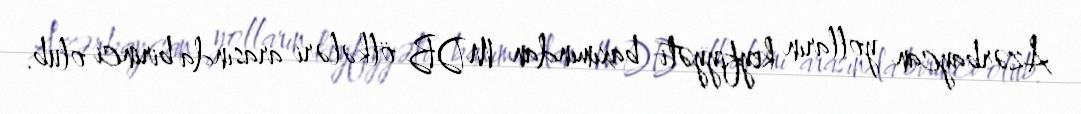
Azərbaycan yolların keyfiyyəti baxımından MDB ölkələri arasında birinci olub.